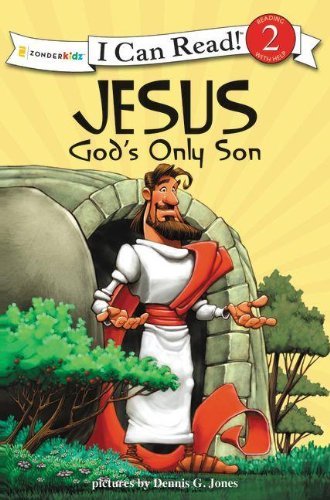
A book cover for Jesus, God's Only Son: Biblical Values (I Can Read! / Dennis Jones Series); Children's Books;